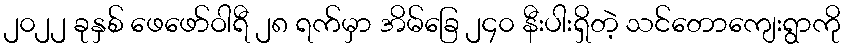
၂၀၂၂ ခုနှစ် ဖေဖော်ဝါရီ ၂၈ ရက်မှာ အိမ်ခြေ ၂၄၀ နီးပါးရှိတဲ့ သင်တောကျေးရွာကို